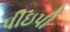
પીઇપી